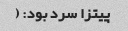
پیتزا سرد بود: (